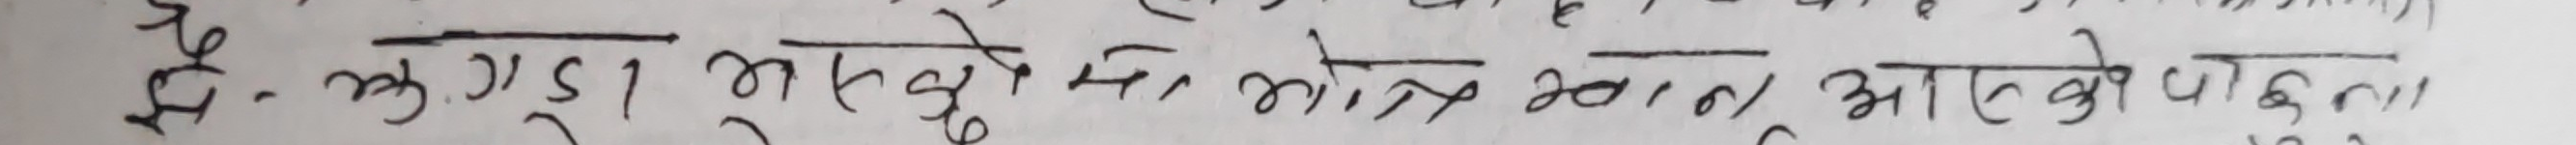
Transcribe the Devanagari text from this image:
हे:- कुखुरा भालेको मा, मात्रै खान आएको होइन।